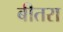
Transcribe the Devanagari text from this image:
बीतरा